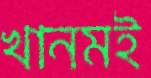
খানমই